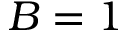
B = 1